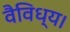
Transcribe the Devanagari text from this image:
वैविध्य।